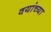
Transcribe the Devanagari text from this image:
वयांच्या